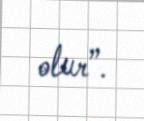
olur”.